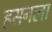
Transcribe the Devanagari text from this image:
हसनला